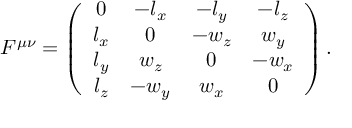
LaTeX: F ^ { \mu \nu } = \left( \begin{array} { c c c c } { { 0 } } & { { - l _ { x } } } & { { - l _ { y } } } & { { - l _ { z } } } \\ { { l _ { x } } } & { { 0 } } & { { - w _ { z } } } & { { w _ { y } } } \\ { { l _ { y } } } & { { w _ { z } } } & { { 0 } } & { { - w _ { x } } } \\ { { l _ { z } } } & { { - w _ { y } } } & { { w _ { x } } } & { { 0 } } \end{array} \right) .